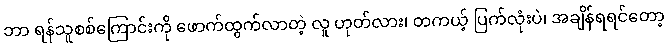
ဘာ ရန်သူစစ်ကြောင်းကို ဖောက်ထွက်လာတဲ့ လူ ဟုတ်လား၊ တကယ့် ပြက်လုံးပဲ၊ အချိန်ရရင်တော့